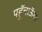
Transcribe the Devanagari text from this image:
पहुॅचाऊॅगा